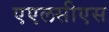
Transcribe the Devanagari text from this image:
एएलसीएस